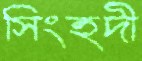
সিংহদী